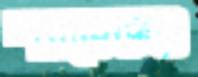
শ্যাভেজও